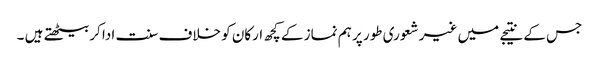
جس کے نتیجے میں غیر شعوری طور پر ہم نماز کے کچھ ارکان کو خلاف سنت ادا کربیٹھتے ہیں ۔